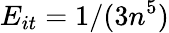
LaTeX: E_{it}=1/(3n^{5})